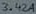
Text: 3.42A